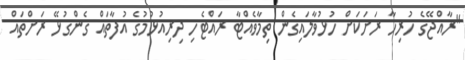
"ރާއްޖޭގެ ހުރިހާ ރަށަކަށް ހުޅުވާލައިގެން ތިމާވެއްޓާ ރައްޓެހި ދިރިއުޅުމުގެ އުފާތައް ގެންގުޅޭ ރަށްތައް